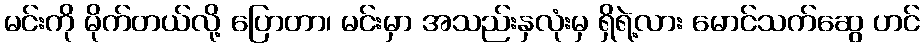
မင်းကို မိုက်တယ်လို့ ပြောတာ၊ မင်းမှာ အသည်းနှလုံးမှ ရှိရဲ့လား မောင်သက်ဆွေ ဟင်